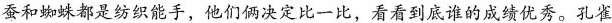
蚕和蜘蛛都是纺织能手，他们俩决定比一比，看看到底谁的成绩优秀。孔雀